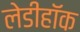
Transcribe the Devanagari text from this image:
लेडीहॉक